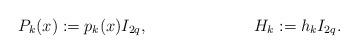
LaTeX: \begin{align*}P_k(x)&:=p_k(x) I_{2q}, & H_k&:=h_k I_{2q}.\end{align*}